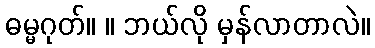
ဓမ္မဂုတ်။ ။ ဘယ်လို မှန်လာတာလဲ။